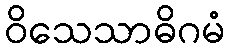
ဝိသေသာဓိဂမံ